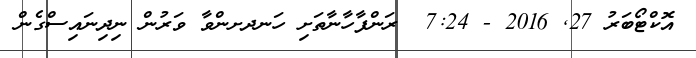
އޮކްޓޯބަރު 27